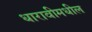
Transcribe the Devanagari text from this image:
धारावीमधील